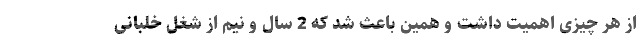
از هر چیزی اهمیت داشت و همین باعث شد که 2 سال و نیم از شغل خلبانی